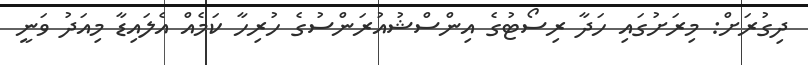
ދިގުރަށް: މިރަށުގައި ހަދާ ރިސޯޓުގެ އިންސްޝުއުރަންސުގެ ހުރިހާ ކަމެއް އެލައިޑާ މިއަދު ވަނީ